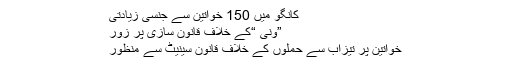
کانگو میں 150 خواتین سے جنسی زیادتی
”ونی “کے خلاف قانون سازی پر زور
خواتین پر تیزاب سے حملوں کے خلاف قانون سینیٹ سے منظور